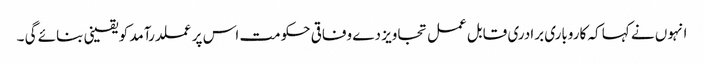
انہوں نے کہا کہ کاروباری برادری قابل عمل تجاویز دے وفاقی حکومت اس پر عملدرآمد کو یقینی بنائے گی ۔